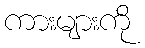
ကားများကို